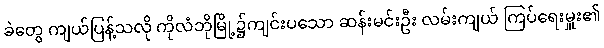
ခဲတွေ ကျယ်ပြန့်သလို ကိုလံဘိုမြို့၌ကျင်းပသော ဆန်းမင်းဦး လမ်းကျယ် ကြပ်ရေးမှူး၏